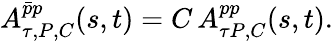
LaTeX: A_{\tau,P,C}^{\bar{p}p}(s,t)=C\, A_{\tau P,C}^{pp}(s,t).